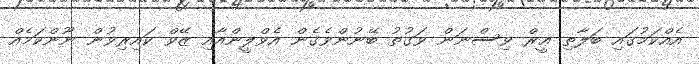
އެއްކަމުގައި ބަލާތި ޢީރް ވިސްނަން ވަގުތު ބޭނުންވެގެން އެވްލީންއާއި ޒޭވް ކައިރިވުން ނޫންކަމެއް